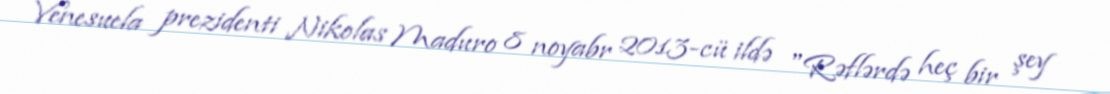
Venesuela prezidenti Nikolas Maduro 8 noyabr 2013-cü ildə "Rəflərdə heç bir şey